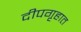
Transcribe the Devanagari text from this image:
दीपगृहात